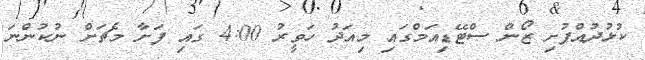
ކުޅުދުއްފުށި ޒޯން ސްޓޭޑިއަމްގައި މިއަދު ހަވީރު 4:00 ގައި ފަށާ މެޗަށް ނުކުންނަ